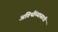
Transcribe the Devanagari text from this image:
अतिथींच्यासाठी